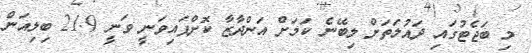
މި ބަޖެޓުގައި ދައުލަތަށް ލިބޭނެ ކަމަށް އަންދާޒާ ކޮށްފައިވަނީ ވަނީ 21.9 ބިލިއަން